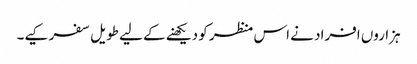
ہزاروں افراد نے اس منظر کو دیکھنے کے لیے طویل سفر کیے۔